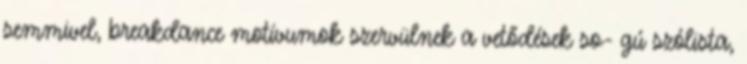
semmivel, breakdance motívumok szervülnek a vetődések so- gú szólista,